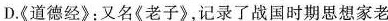
D.《道德经》:又名《老子》,记录了战国时期思想家老